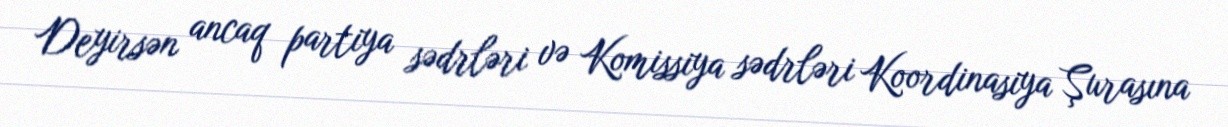
Deyirsən ancaq partiya sədrləri və Komissiya sədrləri Koordinasiya Şurasına